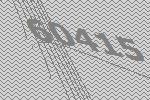
60415